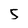
Character: 5